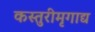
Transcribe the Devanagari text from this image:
कस्तुरीमृगाद्य